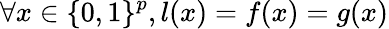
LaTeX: \forall x\in\{ 0,1\} ^{p},l(x)=f(x)=g(x)